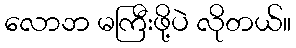
လောဘ မကြီးဖို့ပဲ လိုတယ်။